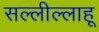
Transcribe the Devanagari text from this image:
सल्लील्लाहू